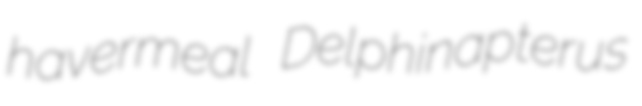
havermeal Delphinapterus